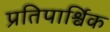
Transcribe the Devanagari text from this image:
प्रतिपार्श्विक